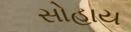
સોહાય